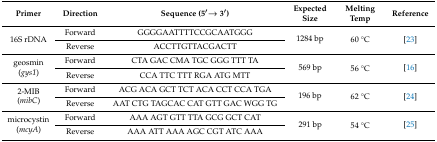
<table><thead><tr><td><b>Primer</b></td><td><b>Direction</b></td><td><b>Sequence (5′→ 3′)</b></td><td><b>Expected Size</b></td><td><b>Melting Temp</b></td><td><b>Reference</b></td></tr></thead><tbody><tr><td rowspan="2">16S rDNA</td><td>Forward</td><td>GGGGAATTTTCCGCAATGGG</td><td rowspan="2">1284 bp</td><td rowspan="2">60 °C</td><td rowspan="2">[23] </td></tr><tr><td>Reverse</td><td>ACCTTGTTACGACTT</td></tr><tr><td rowspan="2">geosmin(<i>gys1</i>)</td><td>Forward</td><td>CTA GAC CMA TGC GGG TTT TA</td><td rowspan="2">569 bp</td><td rowspan="2">56 °C</td><td rowspan="2">[16]</td></tr><tr><td>Reverse</td><td>CCA TTC TTT RGA ATG MTT</td></tr><tr><td rowspan="2">2-MIB(<i>mibC</i>)</td><td>Forward</td><td>ACG ACA GCT TCT ACA CCT CCA TGA</td><td rowspan="2">196 bp</td><td rowspan="2">62 °C</td><td rowspan="2">[24]</td></tr><tr><td>Reverse</td><td>AAT CTG TAGCAC CAT GTT GAC WGG TG</td></tr><tr><td rowspan="2">microcystin(<i>mcyA</i>)</td><td>Forward</td><td>AAA AGT GTT TTA GCG GCT CAT</td><td rowspan="2">291 bp</td><td rowspan="2">54 °C</td><td rowspan="2">[25]</td></tr><tr><td>Reverse</td><td>AAA ATT AAA AGC CGT ATC AAA</td></tr></tbody></table>